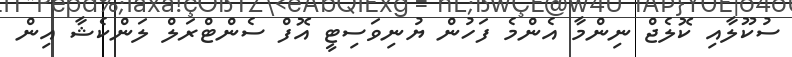
ސުކޫލާއި ކޮލެޖް ނިންމާ އެންމެ ފަހުން ޔުނިވަސިޓީ އޮފް ސެންޓްރަލް ލަންކެޝާ އިން